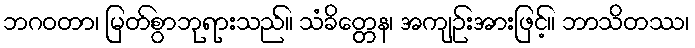
ဘဂဝတာ၊ မြတ်စွာဘုရားသည်။ သံခိတ္တေန၊ အကျဉ်းအားဖြင့်။ ဘာသိတဿ၊